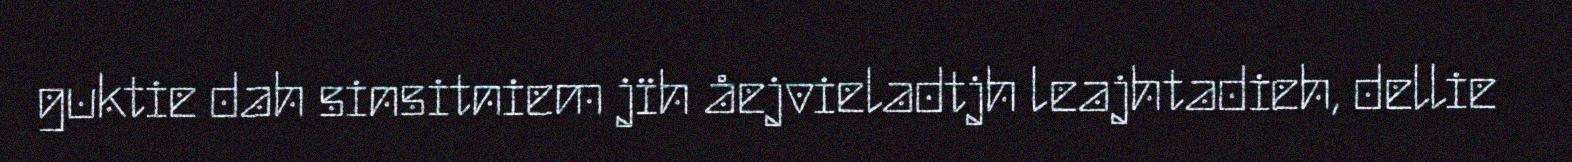
guktie dah sinsitniem jïh åejvieladtjh leajhtadieh, dellie